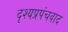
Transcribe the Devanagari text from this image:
दृश्यप्रपंचवाद